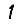
Digit: 1